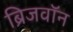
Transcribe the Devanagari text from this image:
ब्रिजवॉन